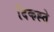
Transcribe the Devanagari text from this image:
दिकह्ते